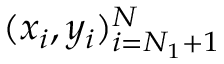
( x _ { i } , y _ { i } ) _ { i = N _ { 1 } + 1 } ^ { N }